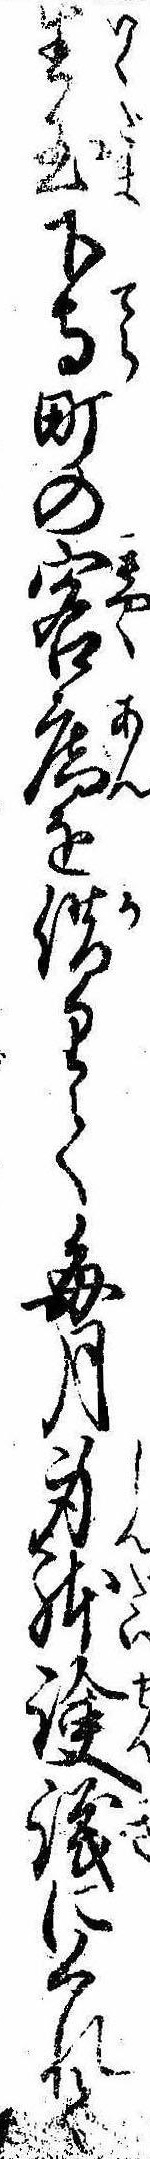
生玉下寺町の客庵を借りて毎月身体議にくれて